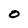
Character: 0